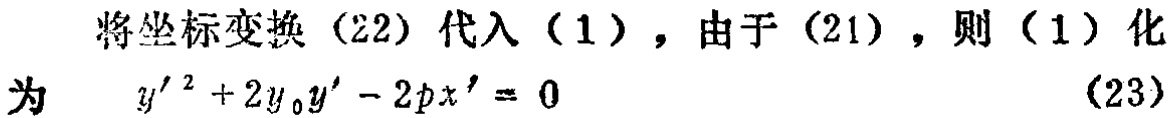
将坐标变换（22）代入（1），由于（21），则（1）化为
\[
y'^{2}+2y_{0}y'-2px' = 0 \tag{23}
\]